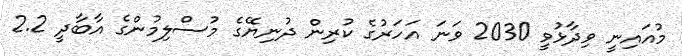
މުއައިނީ ވިދާޅުވީ 2030 ވަނަ އަހަރުގެ ކުރިން ދުނިޔޭގެ މުސްލިމުންގެ އާބާދީ 2.2